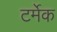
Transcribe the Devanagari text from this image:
टर्मेक